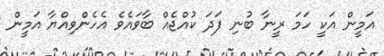
އަމީން އަކީ ހަމަ ރީނާ ބުނި ފަދަ ކުއްޖެއް ބާވައެވެ އެހެންވިއްޔާ އަމީން